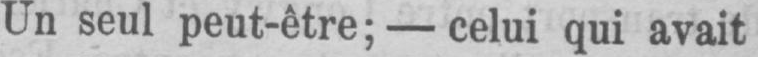
Un seul peut-être; - celui qui avait